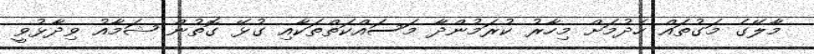
މާލޭގެ މަގުތައް ހެދުމަށް މިހާރު ކުރަމުންދާ މަސައްކަތްތަކާއި ގުޅޭ ގޮތުން ޝަމާއު ވިދާޅުވީ